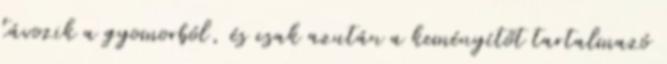
távozik a gyomorból, és csak azután a keményítőt tartalmazó